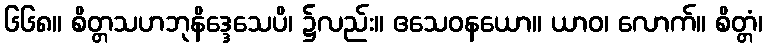
၆၆၈။ စိတ္တသဟဘုနိဒ္ဒေသေပိ၊ ၌လည်း။ ဧသေဝနယော။ ယာဝ၊ လောက်။ စိတ္တံ၊